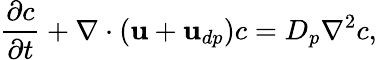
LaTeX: \frac{\partial c}{\partial t}+\nabla\cdot(\textbf{u}+\textbf{u}_{dp})c=D_{p}{\nabla}^{2}c,